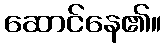
ဆောင်နေ၏။